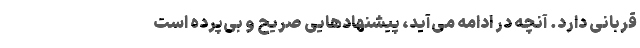
قربانی دارد. آنچه در ادامه می‌آید، پیشنهادهایی صریح و بی‌پرده است